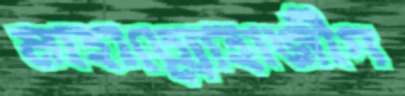
মাহাত্ম্যেহাজীগ